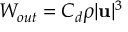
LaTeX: W _ { o u t } = C _ { d } \rho | \mathbf { u } | ^ { 3 }